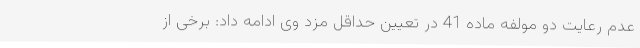
عدم رعایت دو مولفه ماده 41 در تعیین حداقل مزد وی ادامه داد: برخی از